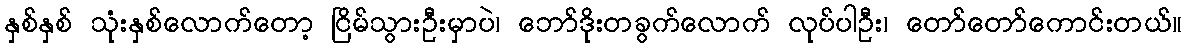
နှစ်နှစ် သုံးနှစ်လောက်တော့ ငြိမ်သွားဦးမှာပဲ၊ ဘော်ဒိုးတခွက်လောက် လုပ်ပါဦး၊ တော်တော်ကောင်းတယ်။